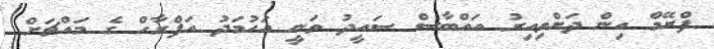
ފްރޭމް އިން ދަށްވިއިރު އައްބާސް ސައީދު ވަނީ އަހުމަދު އަފްރާހް ގެ މައްޗަށް